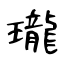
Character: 瓏